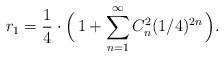
LaTeX: \begin{align*} r_1 = \frac{1}{4} \cdot \Bigl( \, 1+ \sum_{n=1}^{\infty}C_n^2 ( 1/4 )^{2n} \, \Bigr) .\end{align*}